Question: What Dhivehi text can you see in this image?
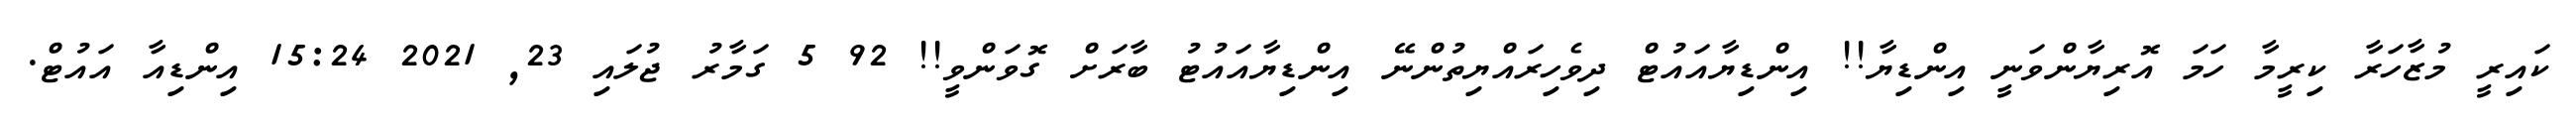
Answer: ކައިރީ މުޒާހަރާ ކިރީމާ ހަމަ އޮރިޔާންވަނީ އިންޑިޔާ!! އިންޑިޔާއައުޓް ދިވެހިރައްޔިތުންނޭ އިންޑިޔާއައުޓު ބާރަށް ގޮވަންވީ!! 92 5 ގަމާރު ޖުލައި 23, 2021 15:24 އިންޑިއާ އައުޓް.